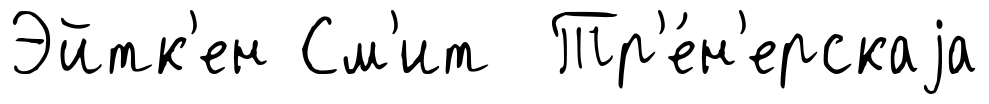
Эйтк'ен См'ит Тр'е́н'ерскаjа